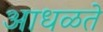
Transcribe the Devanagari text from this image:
आधळते